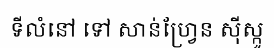
ទីលំនៅ ទៅ សាន់ហ្វ្រែន ស៊ីស្កូ